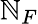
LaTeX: \mathbb{N}_{F}